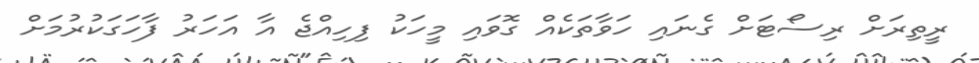
ރީތިރަށް ރިސޯޓަށް ގެނައި ހަވާތަކެއް ގޮވައި މީހަކު ފިހިއްޖެ އާ އަހަރު ފާހަގަކުރުމަށް